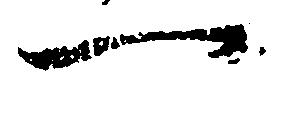
一